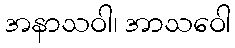
အနာသဝါ၊ အာသဝေါ